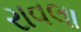
રાવલા